Lunatic asylums in Bengal annual reports 1899-1911 - 1899-1911
Year: 1899
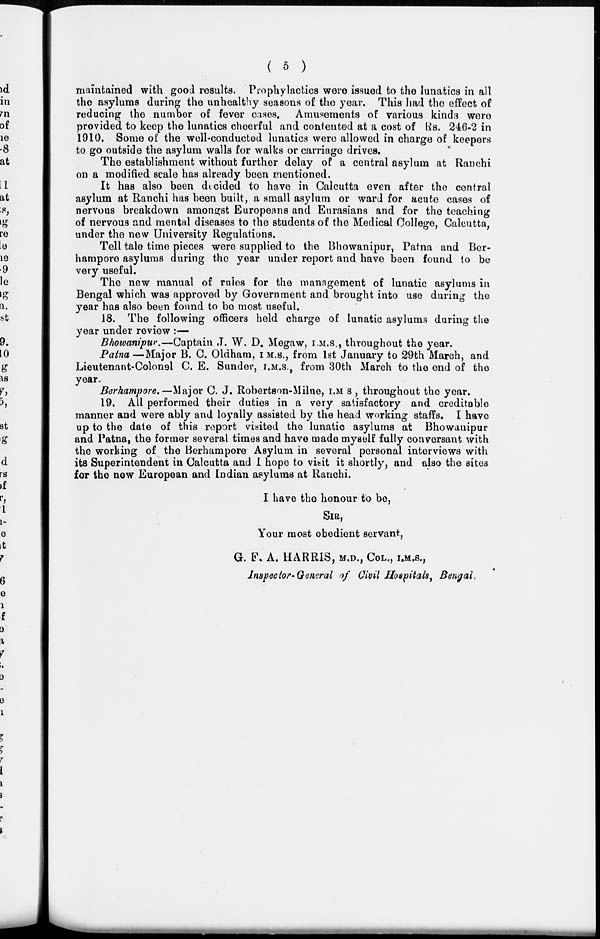
( 5 )
maintained with good results. Prophylactics were issued to the lunatics in all
the asylums during the unhealthy seasons of the year. This had the effect of
reducing the number of fever cases. Amusements of various kinds were
provided to keep the lunatics cheerful and contented at a cost of Rs. 246-2 in
1910. Some of the well-conducted lunatics were allowed in charge of keepers
to go outside the asylum walls for walks or carriage drives.
The establishment without further delay of a central asylum at Ranchi
on a modified scale has already been mentioned.
It has also been decided to have in Calcutta even after the central
asylum at Ranchi has been built, a small asylum or ward for acute cases of
nervous breakdown amongst Europeans and Eurasians and for the teaching
of nervous and mental diseases to the students of the Medical College, Calcutta,
under the new University Regulations.
Tell tale time pieces were supplied to the Bhowanipur, Patna and Ber-
hampore asylums during the year under report and have been found to be
very useful.
The new manual of rules for the management of lunatic asylums in
Bengal which was approved by Government and brought into use during the
year has also been found to be most useful.
18. The following officers held charge of lunatic asylums during the
year under review :—
Bhowanipur.—Captain J. W. D. Megaw, I.M.S., throughout the year.
Patna —Major B. C. Oldham, I. M.S., from 1st January to 29th March, and
Lieutenant-Colonel C. E. Sunder, I.M.S., from 30th March to the end of the
year.Berhampore.— Major C. J. Robertson-Milne, I.M.S , throughout the year.
19. All performed their duties in a very satisfactory and creditable
manner and were ably and loyally assisted by the head working staffs. I have
up to the date of this report visited the lunatic asylums at Bhowanipur
and Patna, the former several times and have made myself fully conversant with
the working of the Berhampore Asylum in several personal interviews with
its Superintendent in Calcutta and I hope to visit it shortly, and also the sites
for the new European and Indian asylums at Ranchi.
I have the honour to be,
SIR,
Your most obedient servant,
G. F. A. HARRIS, M.D., COL., I.M.S.,
Inspector-General of Civil Hospitals, Bengal.